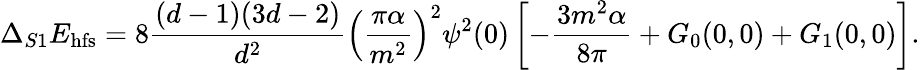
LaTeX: \Delta_{S1}E_{\mathrm{hfs}}=8\frac{(d-1)(3d-2)}{d^{2}}\left(\frac{\pi\alpha}{m^{2}}\right)^{2}\psi^{2}(0)\left[-\frac{3m^{2}\alpha}{8\pi}+G_{0}(0,0)+G_{1}(0,0)\right].